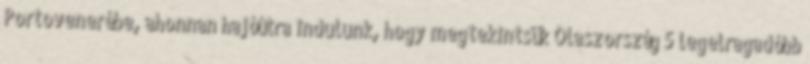
Portovenerébe, ahonnan hajóútra indulunk, hogy megtekintsük Olaszország 5 legelragadóbb